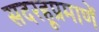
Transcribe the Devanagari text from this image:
सदरहूप्रमाणें